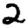
Digit: 2